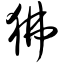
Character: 狒